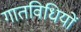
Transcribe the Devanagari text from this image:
गातविधियों